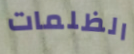
الظلمات